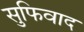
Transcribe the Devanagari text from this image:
सुफिवाद